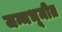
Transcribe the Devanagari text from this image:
जन्मभूमीत